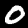
Label: 0